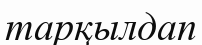
тарқылдап